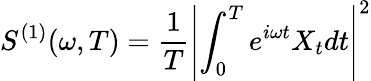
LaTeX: S^{(1)}(\omega,T)={\frac{1}{T}}\left|\int_{0}^{T}e^{i\omega t}X_{t}dt\right|^{2}